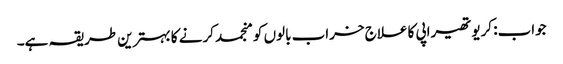
جواب: کریوتھیراپی کا علاج خراب بالوں کو منجمد کرنے کا بہترین طریقہ ہے۔